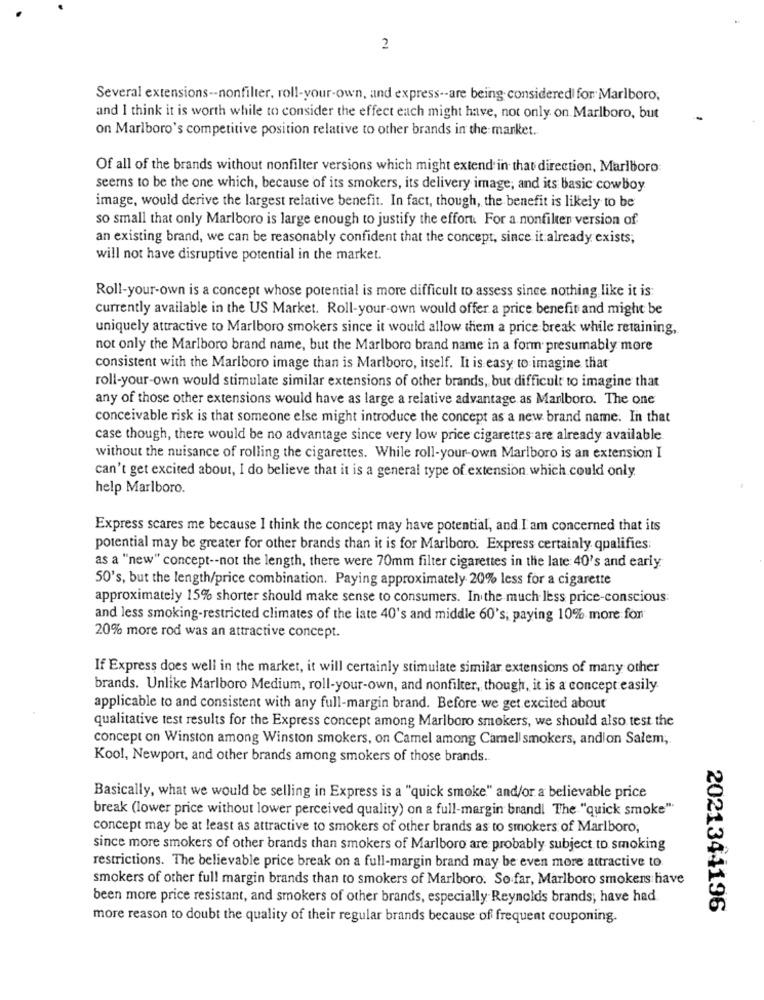
2
Several extensions -- nonfilter, roll-your-own, and express -- are being considered for Marlboro,
and I think it is worth while to consider the effect each might have, not only on Marlboro, but
on Marlboro's competitive position relative to other brands in the market.
Of all of the brands without nonfilter versions which might extend in that direction, Marlboro
seems to be the one which, because of its smokers, its delivery image, and its basic cowboy
image, would derive the largest relative benefit. In fact, though, the benefit is likely to be
so small that only Marlboro is large enough to justify the effort. For a nonfilten version of
an existing brand, we can be reasonably confident that the concept, since it already exists;
will not have disruptive potential in the market.
Roll-your-own is a concept whose potential is more difficult to assess since nothing like it is:
currently available in the US Market. Roll-your-own would offer a price benefit and might be
uniquely attractive to Marlboro smokers since it would allow them a price break while retaining,
not only the Marlboro brand name, but the Marlboro brand name in a form presumably more
consistent with the Marlboro image than is Marlboro, itself. It is easy to imagine that
roll-your-own would stimulate similar extensions of other brands, but difficult to imagine that
any of those other extensions would have as large a relative advantage as Marlboro. The one
conceivable risk is that someone else might introduce the concept as a new brand name. In that
case though, there would be no advantage since very low price cigarettes are already available
without the nuisance of rolling the cigarettes. While roll-your-own Marlboro is an extension I
can't get excited about, I do believe that it is a general type of extension which could only
help Marlboro.
Express scares me because I think the concept may have potential, and I am concerned that its
potential may be greater for other brands than it is for Marlboro. Express certainly qualifies:
as a "new" concept -- not the length, there were 70mm filter cigarettes in the late 40's and early
50's, but the length/price combination. Paying approximately 20% less for a cigarette
approximately 15% shorter should make sense to consumers. In the much less price-conscious:
and less smoking-restricted climates of the late 40's and middle 60's, paying 10% more for
20% more rod was an attractive concept.
If Express does well in the market, it will certainly stimulate similar extensions of many other
brands. Unlike Marlboro Medium, roll-your-own, and nonfilter, though, it is a concept easily.
applicable to and consistent with any full-margin brand. Before we get excited about
qualitative test results for the Express concept among Marlboro smokers, we should also test the
concept on Winston among Winston smokers, on Camel among Camel smokers, andlon Salem,
Kool, Newport, and other brands among smokers of those brands.
Basically, what we would be selling in Express is a "quick smoke" and/or a believable price
break (lower price without lower perceived quality) on a full-margin brandl The "quick smoke"
concept may be at least as attractive to smokers of other brands as to smokers of Marlboro,
since more smokers of other brands than smokers of Marlboro are probably subject to smoking
restrictions. The believable price break on a full-margin brand may be even more attractive to
smokers of other full margin brands than to smokers of Marlboro. So far, Marlboro smokers have
been more price resistant, and smokers of other brands, especially Reynolds brands; have had
2021344196
more reason to doubt the quality of their regular brands because of frequent couponing.